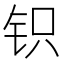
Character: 𰽨